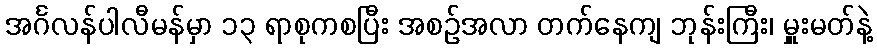
အင်္ဂလန်ပါလီမန်မှာ ၁၃ ရာစုကစပြီး အစဉ်အလာ တက်နေကျ ဘုန်းကြီး၊ မှူးမတ်နဲ့